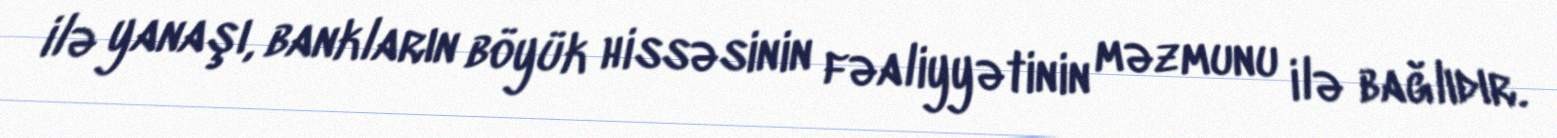
ilə yanaşı, bankların böyük hissəsinin fəaliyyətinin məzmunu ilə bağlıdır.